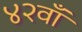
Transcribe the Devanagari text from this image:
४२वाँ